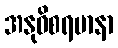
အနုဝိစရမာနာ